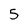
Character: 5